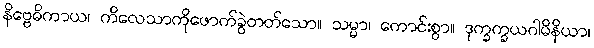
နိဗ္ဗေဓိကာယ၊ ကိလေသာကိုဖောက်ခွဲတတ်သော။ သမ္မာ၊ ကောင်းစွာ။ ဒုက္ခက္ခယဂါမိနိယာ၊